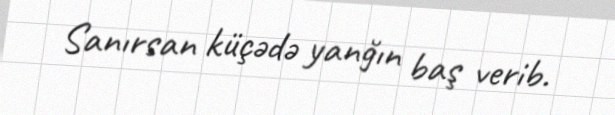
Sanırsan küçədə yanğın baş verib.